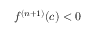
f ^ { ( n + 1 ) } ( c ) < 0